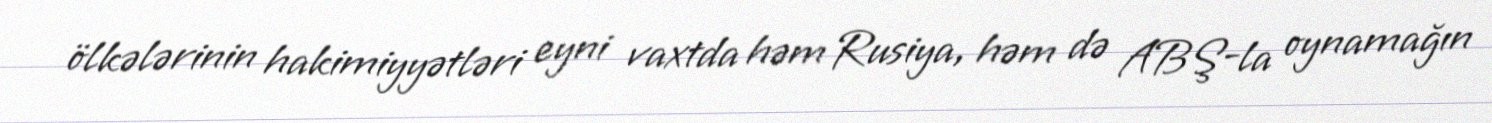
ölkələrinin hakimiyyətləri eyni vaxtda həm Rusiya, həm də ABŞ-la oynamağın